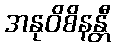
အနုဝိစိနန္တီ